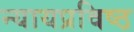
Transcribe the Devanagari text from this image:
न्यायप्रविष्ठ